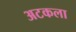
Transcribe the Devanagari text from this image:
अटकला